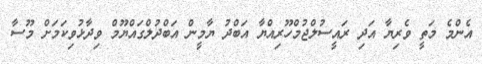
އެންމެ މަތީ ވެރިޔާ އަދި ރައީސުލްޖުމްހޫރިއްޔާ އަބްދު ޔާމީން އަބްދުލްގައްޔޫމް ވިދާޅުވިކަމަށް މޫސާ